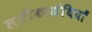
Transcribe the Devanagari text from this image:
लसीकाग्रंथियाँ